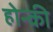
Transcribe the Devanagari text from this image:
होन्की